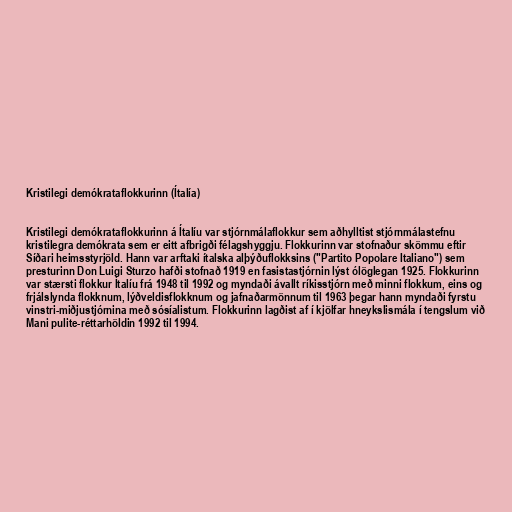
Kristilegi demókrataflokkurinn (Ítalía)

Kristilegi demókrataflokkurinn á Ítalíu var stjórnmálaflokkur sem aðhylltist stjórnmálastefnu
kristilegra demókrata sem er eitt afbrigði félagshyggju. Flokkurinn var stofnaður skömmu eftir
Síðari heimsstyrjöld. Hann var arftaki ítalska alþýðuflokksins ("Partito Popolare Italiano") sem
presturinn Don Luigi Sturzo hafði stofnað 1919 en fasistastjórnin lýst ólöglegan 1925. Flokkurinn
var stærsti flokkur Ítalíu frá 1948 til 1992 og myndaði ávallt ríkisstjórn með minni flokkum, eins og
frjálslynda flokknum, lýðveldisflokknum og jafnaðarmönnum til 1963 þegar hann myndaði fyrstu
vinstri-miðjustjórnina með sósíalistum. Flokkurinn lagðist af í kjölfar hneykslismála í tengslum við
Mani pulite-réttarhöldin 1992 til 1994.